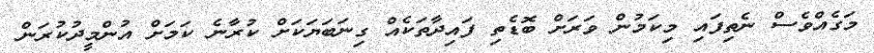
މަގެއްވެސް ނެތިފައި މިކަމުން ވަރަށް ބޮޑެތި ފައިދާތަކެއް ގިނަބަޔަކަށް ކުރާނެ ކަމަށް އުންމީދުކުރަން